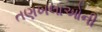
તણખલાઓની